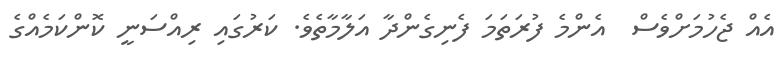
އެއް ޖެހުމަށްވެސް  އެންމެ ފުރަތަމަ ފެނިގެންދާ އަލާމާތެވެ. ކަރުގައި ރިއްސަނީ ކޮންކަމެއްްގެ